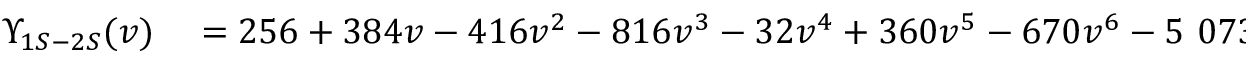
\begin{array} { r l } { \Upsilon _ { 1 S - 2 S } ( v ) } & { { } = 2 5 6 + 3 8 4 v - 4 1 6 v ^ { 2 } - 8 1 6 v ^ { 3 } - 3 2 v ^ { 4 } + 3 6 0 v ^ { 5 } - 6 7 0 v ^ { 6 } - 5 ~ 0 7 3 v ^ { 7 } - 6 ~ 0 3 7 v ^ { 8 } } \end{array}